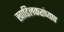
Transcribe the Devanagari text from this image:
खाडिलकरांच्याच